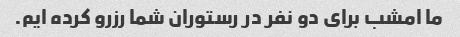
ما امشب برای دو نفر در رستوران شما رزرو کرده ایم.